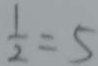
\frac { 1 } { 2 } = 5